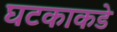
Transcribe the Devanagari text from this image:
घटकाकडे